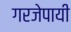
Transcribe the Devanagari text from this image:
गरजेपायी